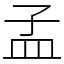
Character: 孟